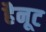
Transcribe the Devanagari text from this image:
हैनूट